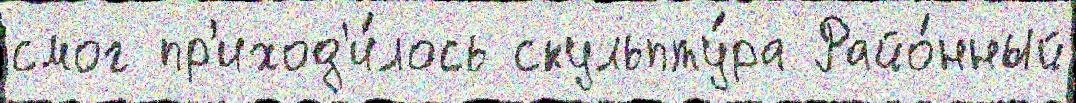
смог пр'иход'и́лось скульпту́ра Райо́нный